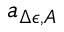
a _ { \Delta \epsilon , A }